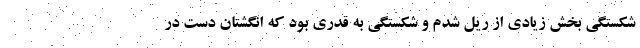
شکستگی بخش زیادی از ریل شدم و شکستگی به قدری بود که انگشتان دست در